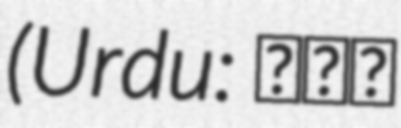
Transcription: (Urdu: ابو